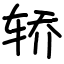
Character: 轿